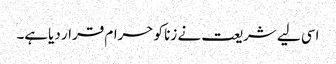
اسی لیے شریعت نے زنا کو حرام قرار دیاہے۔